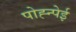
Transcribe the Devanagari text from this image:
पोह्न्पेई